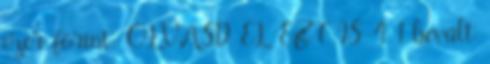
ezer forint. OLVASD EL EZT IS 4 1 bevált